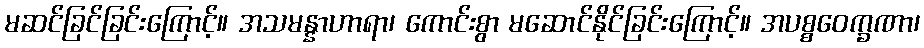
မဆင်ခြင်ခြင်းကြောင့်။ အသမန္နာဟာရာ၊ ကောင်းစွာ မဆောင်နိုင်ခြင်းကြောင့်။ အပစ္စဝေက္ခဏာ၊